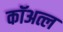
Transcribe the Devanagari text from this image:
कॉअत्ल